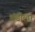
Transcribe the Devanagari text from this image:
थंडीला